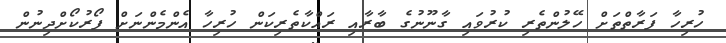
ހުރިހާ ފަރާތްތަށް ހޭލުންތެރި ކުރުވައި ގާނޫނުގެ ބާރާއި ރައްކާތެރިކަން ހުރިހާ އެންމެންނަަށް ފޯރުކޯށްދިނުން